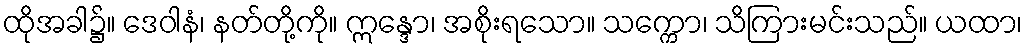
ထိုအခါ၌။ ဒေဝါနံ၊ နတ်တို့ကို။ ဣန္ဒော၊ အစိုးရသော။ သက္ကော၊ သိကြားမင်းသည်။ ယထာ၊